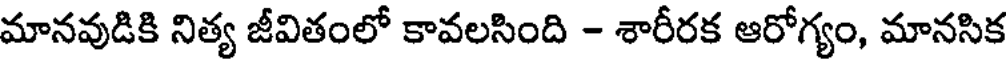
మానవుడికి నిత్య జీవితంలో కావలసింది - శారీరక ఆరోగ్యం, మానసిక